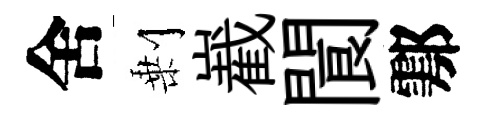
舍剰嶻閬鄠